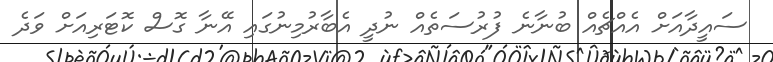
ސައީދާއަށް އެއްޗެއް ބުނާނެ ފުރުސަތެއް ނުދީ އެބާރުމިނުގައި އޭނާ ގޮސް ކޮޓަރިއަށް ވަދެ